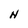
Character: N